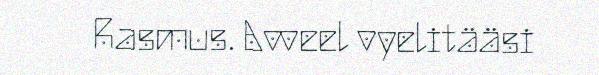
Rasmus. Avveel vyelitääsi